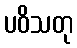
ပဝိသတု